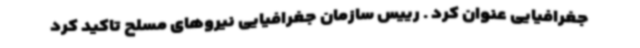
جغرافیایی عنوان کرد . رییس سازمان جغرافیایی نیروهای مسلح تاکید کرد